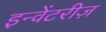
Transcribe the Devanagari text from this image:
इन्वेंटरीज़